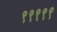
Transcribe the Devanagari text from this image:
९९९९९